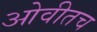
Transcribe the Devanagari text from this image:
ओवीतच